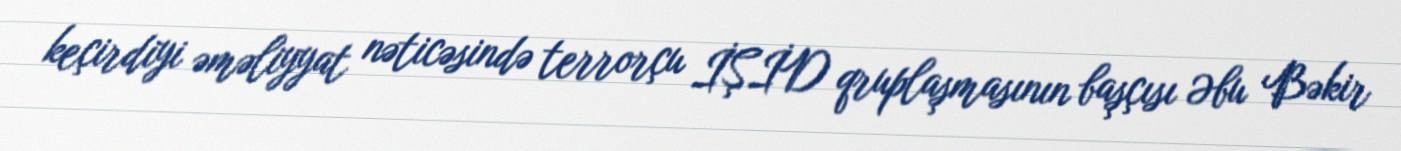
keçirdiyi əməliyyat nəticəsində terrorçu İŞİD qruplaşmasının başçısı Əbu Bəkir